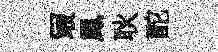
冣鳳耿酡